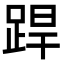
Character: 𨁄